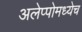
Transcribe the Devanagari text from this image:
अलेप्पोमध्येच